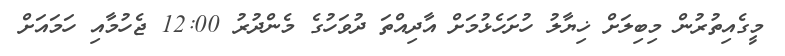
މީގެއިތުރުން މިބިލަށް ޚިޔާލު ހުށަހެޅުމަށް އާދިއްތަ ދުވަހުގެ މެންދުރު 12:00 ޖެހުމާއި ހަމައަށް